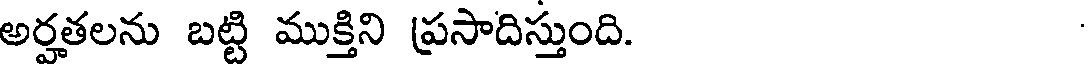
అర్హతలను బట్టి ముక్తిని ప్రసాదిస్తుంది.